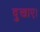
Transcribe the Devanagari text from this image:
दुखाए।